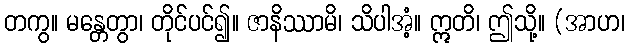
တကွ။ မန္တေတွာ၊ တိုင်ပင်၍။ ဇာနိဿာမိ၊ သိပါအံ့။ ဣတိ၊ ဤသို့။ (အာဟ၊